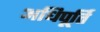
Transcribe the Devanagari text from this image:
अधिपूर्ति